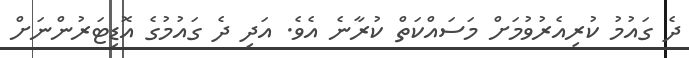
ދެ ގައުމު ކުރިއެރުވުމަށް މަސައްކަތް ކުރާނެ އެވެ. އަދި ދެ ގައުމުގެ އޮޑިޓަރުންނަށް